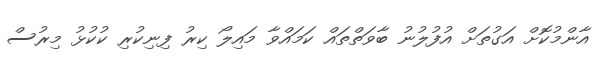
އާންމުކޮށް އަގުތަށް އުފުލުނު ބާވަތްތައް ކަމައްވާ މައިލޯ ކިރު ފިނިކުރި ކުކުޅު މިރުސް